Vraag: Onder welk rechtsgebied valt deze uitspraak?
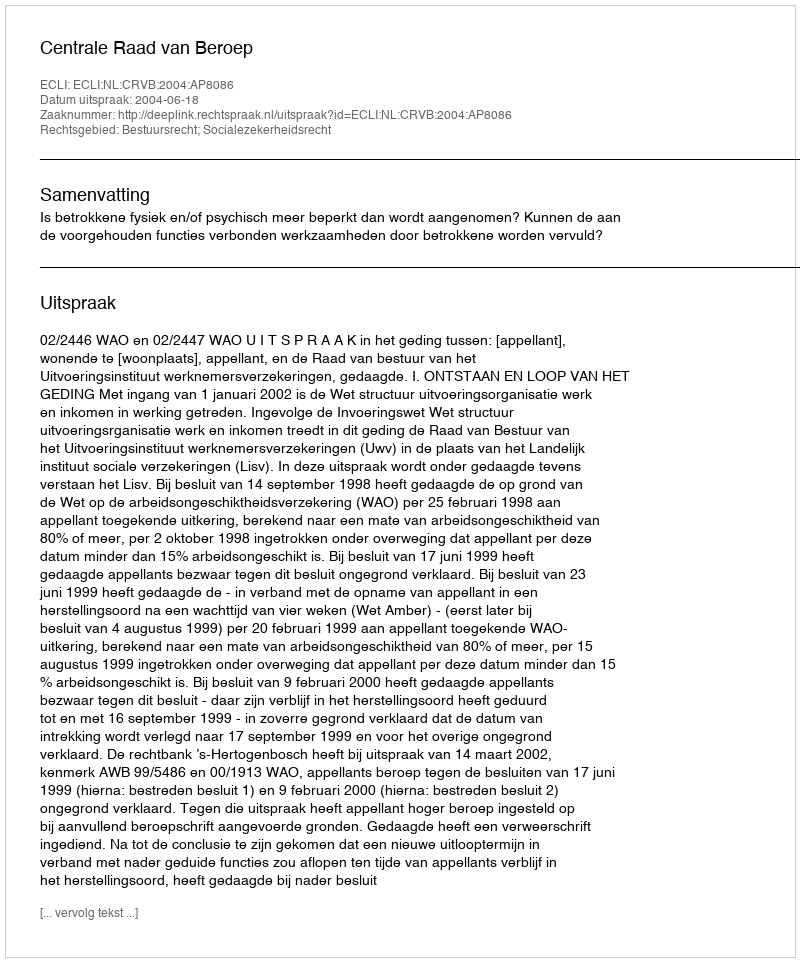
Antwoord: Bestuursrecht; Socialezekerheidsrecht